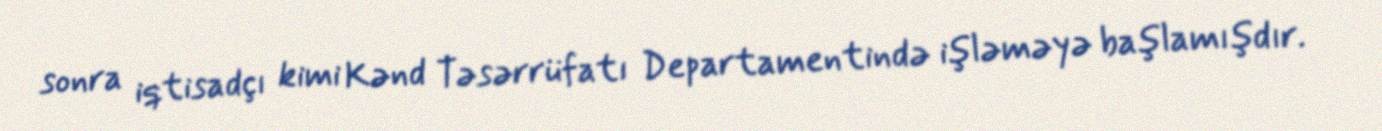
sonra iqtisadçı kimi Kənd Təsərrüfatı Departamentində işləməyə başlamışdır.